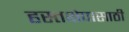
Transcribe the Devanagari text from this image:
हस्तक्षेपासाठी